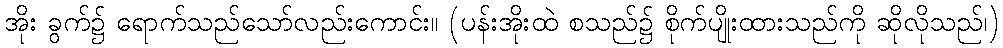
အိုး ခွက်၌ ရောက်သည်သော်လည်းကောင်း။ (ပန်းအိုးထဲ စသည်၌ စိုက်ပျိုးထားသည်ကို ဆိုလိုသည်၊)